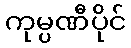
ကုမ္ပဏီပိုင်